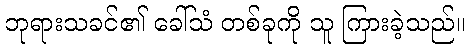
ဘုရားသခင်၏ ခေါ်သံ တစ်ခုကို သူ ကြားခဲ့သည်။